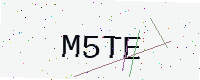
Text: M5TE